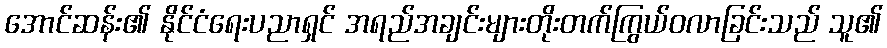
အောင်ဆန်း၏ နိုင်ငံရေးပညာရှင် အရည်အချင်းများတိုးတက်ကြွယ်ဝလာခြင်းသည် သူ၏